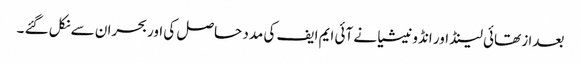
بعدا ز تھائی لینڈ اور انڈونیشیا نے آئی ایم ایف کی مدد حاصل کی اوربحران سے نکل گئے ۔